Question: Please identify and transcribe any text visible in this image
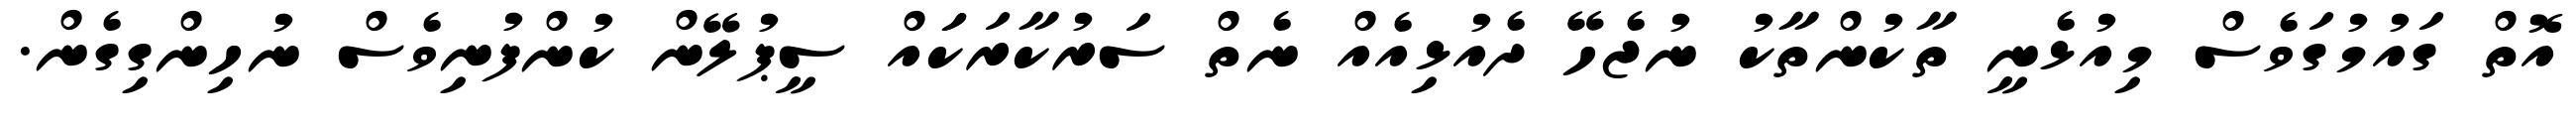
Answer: އޮތް ގައުމުގަވެސް މިއުޅެނީ ތާކުންތާކު ނުޖެހޭ ދެއުޅިއެއް ނެތް ސަރުކާރަކަައް ސީޕުލޭން ކުންފުނިވެސް ނުހިންގިގެން.